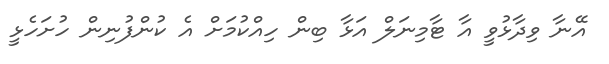
އޭނާ ވިދާޅުވީ އާ ޓާމިނަލް އަޅާ ބިން ހިއްކުމަށް އެ ކުންފުނިން ހުށަހެޅީ